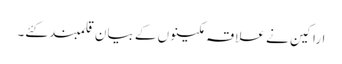
اراکین نے علاقہ مکینوں کے بیان قلمبند کئے۔